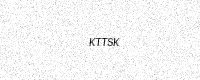
Text: KTTSK